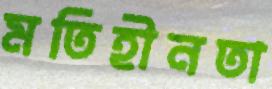
মতিহীনতা